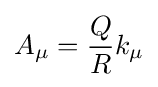
A_{\mu }={\frac {Q}{R}}k_{\mu }